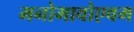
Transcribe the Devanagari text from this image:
मनोभावोएवम